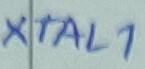
Text: XTAL1